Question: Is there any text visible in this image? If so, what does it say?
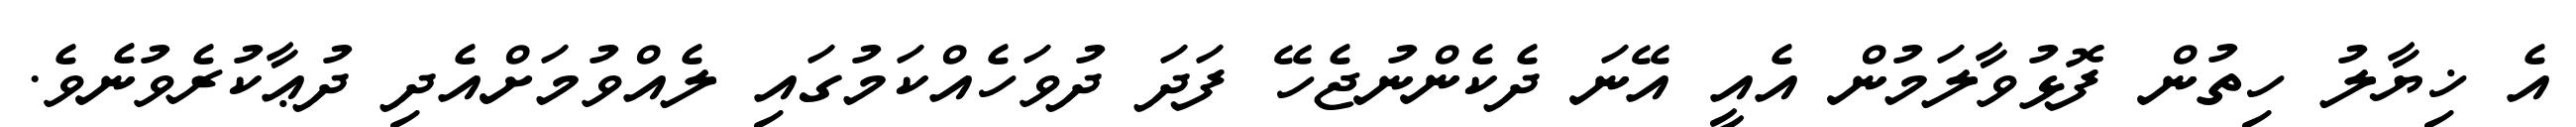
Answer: އެ ޚިޔާލު ހިތުން ފޮޅުވާލަމުން އެއީ އޭނަ ދެކެންނުޖެހޭ ފަދަ ދުވަހެއްކަމުގައި ލެއްވުމަށްއެދި ދުޢާކުރެވުނެވެ.